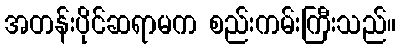
အတန်းပိုင်ဆရာမက စည်းကမ်းကြီးသည်။